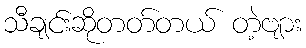
သီချင်းဆိုတတ်တယ် တဲ့ဗျား